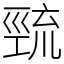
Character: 巰